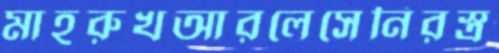
মাহরুখআরলেসেনিরস্ত্র